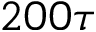
2 0 0 \tau